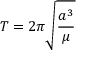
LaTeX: T = 2 \pi { \sqrt { \frac { a ^ { 3 } } { \mu } } }